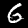
Digit: 6